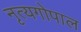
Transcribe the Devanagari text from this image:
नृत्यगोपाल